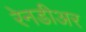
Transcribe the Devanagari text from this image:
रेनडीअर